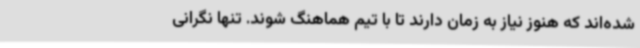
شده‌اند که هنوز نیاز به زمان دارند تا با تیم هماهنگ شوند. تنها نگرانی